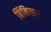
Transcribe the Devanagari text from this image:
बिंबिसर